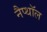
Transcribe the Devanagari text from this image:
नैप्थॉल